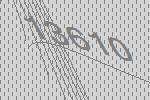
13610